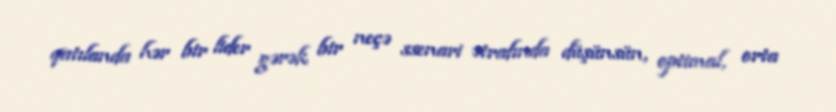
qatılanda hər bir lider gərək bir neçə ssenari ətrafında düşünsün, optimal, orta